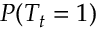
P ( T _ { t } = 1 )